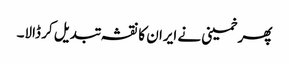
پھر خمینی نے ایران کا نقشہ تبدیل کر ڈالا۔